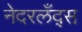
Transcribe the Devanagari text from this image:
नेदरलँद्स